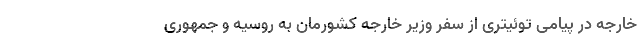
خارجه در پیامی توئیتری از سفر وزیر خارجه کشورمان به روسیه و جمهوری